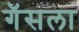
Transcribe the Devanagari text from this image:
गॅसला